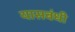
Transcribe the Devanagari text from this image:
यासबंधी